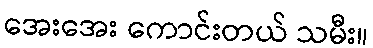
အေးအေး ကောင်းတယ် သမီး။